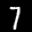
Label: 7